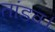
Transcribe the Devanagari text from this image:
तांडव।